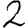
Digit: 2